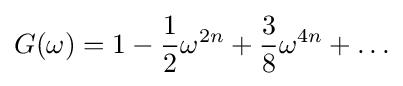
G(\omega )=1-{\frac {1}{2}}\omega ^{2n}+{\frac {3}{8}}\omega ^{4n}+\ldots